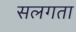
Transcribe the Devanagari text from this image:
सलगता